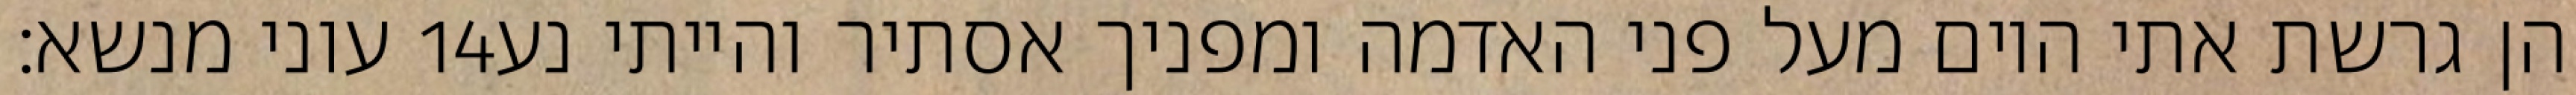
עוני מנשא׃ ‎14‏ הן גרשת אתי היום מעל פני האדמה ומפניך אסתיר והייתי נע